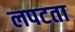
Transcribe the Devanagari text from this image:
लपटता